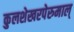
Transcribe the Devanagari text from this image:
कुलशेखरपेरुमाल्